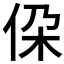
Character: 𪜷